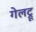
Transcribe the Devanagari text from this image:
गेलट्रू